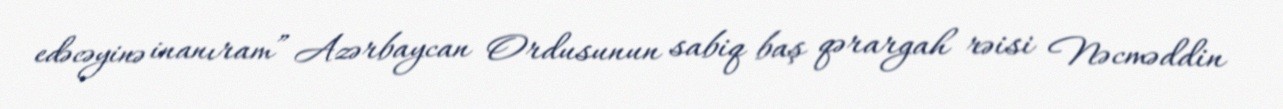
edəcəyinə inanıram” Azərbaycan Ordusunun sabiq baş qərargah rəisi Nəcməddin